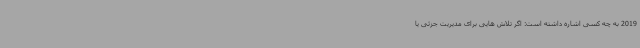
2019 به چه کسی اشاره داشته است: اگر تلاش هایی برای مدیریت جزئی یا